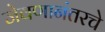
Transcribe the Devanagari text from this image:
जेवणानंतरचे